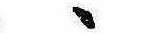
ゝ